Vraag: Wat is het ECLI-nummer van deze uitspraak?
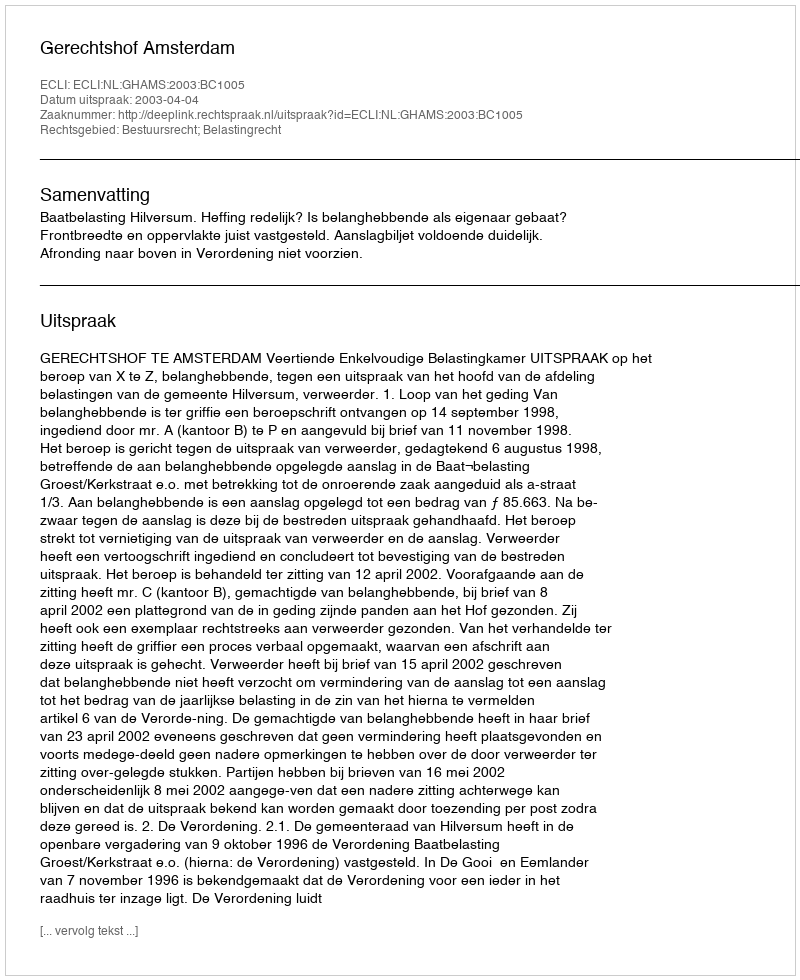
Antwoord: ECLI:NL:GHAMS:2003:BC1005